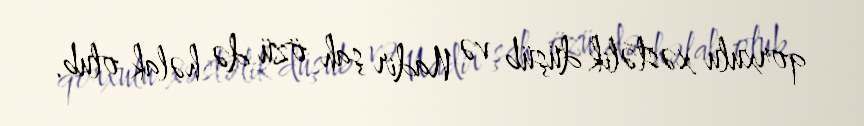
qorxulu xəstəlik düşüb və Nadir şah özü də həlak olub.